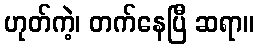
ဟုတ်ကဲ့၊ တက်နေပြီ ဆရာ။